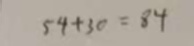
5 4 + 3 0 = 8 4